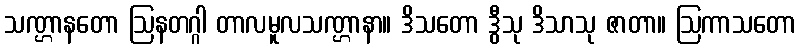
သဏ္ဌာနတော ဩနတဂ္ဂါ တာလမူလသဏ္ဌာနာ။ ဒိသတော ဒွီသု ဒိသာသု ဇာတာ။ ဩကာသတော